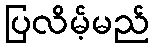
ပြလိမ့်မည်